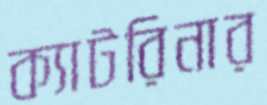
ক্যাটরিনার